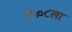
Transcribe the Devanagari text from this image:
१५०८ला